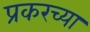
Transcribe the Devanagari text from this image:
प्रकरच्या